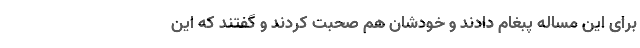
برای این مساله پبغام دادند و خودشان هم صحبت کردند و گفتند که این